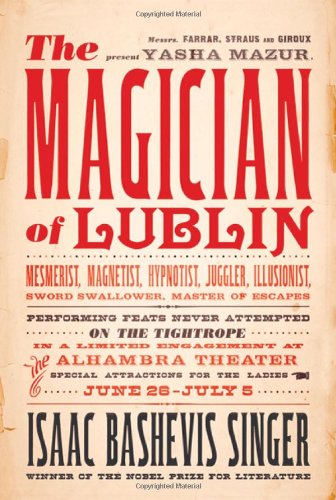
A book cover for The Magician of Lublin: A Novel; Isaac Bashevis Singer; Science Fiction & Fantasy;